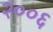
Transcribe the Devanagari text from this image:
२००६